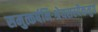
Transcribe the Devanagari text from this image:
समुत्कर्षनिःश्रेयसस्यैकमुग्रं